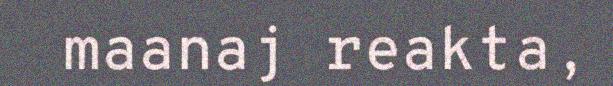
maanaj reakta,